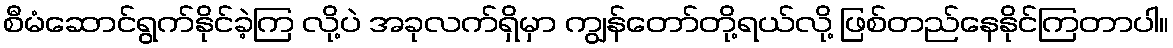
စီမံဆောင်ရွက်နိုင်ခဲ့ကြ လို့ပဲ အခုလက်ရှိမှာ ကျွန်တော်တို့ရယ်လို့ ဖြစ်တည်နေနိုင်ကြတာပါ။